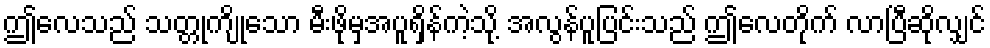
ဤလေသည် သတ္တုကျိုသော မီးဖိုမှအပူရှိန်ကဲ့သို့ အလွန်ပူပြင်းသည် ဤလေတိုက် လာပြီဆိုလျှင်